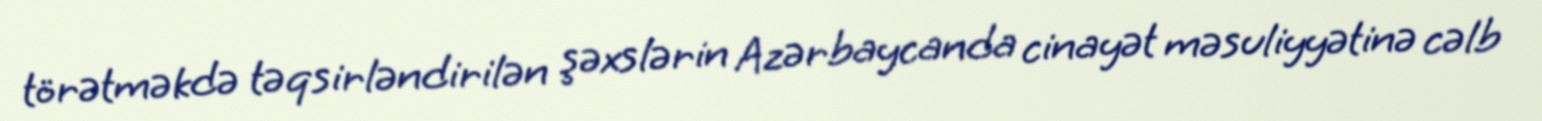
törətməkdə təqsirləndirilən şəxslərin Azərbaycanda cinayət məsuliyyətinə cəlb